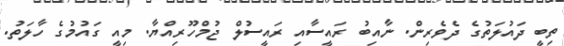
ތިބީ ދައުލަތުގެ ދެވެރިން. ނާއިބު ރައީސާއި ރައީސުލް ޖުމްހޫރިއްޔާ. މިއީ ގައުމުގެ ހާލަތު.